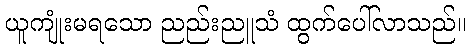
ယူကျုံးမရသော ညည်းညူသံ ထွက်ပေါ်လာသည်။